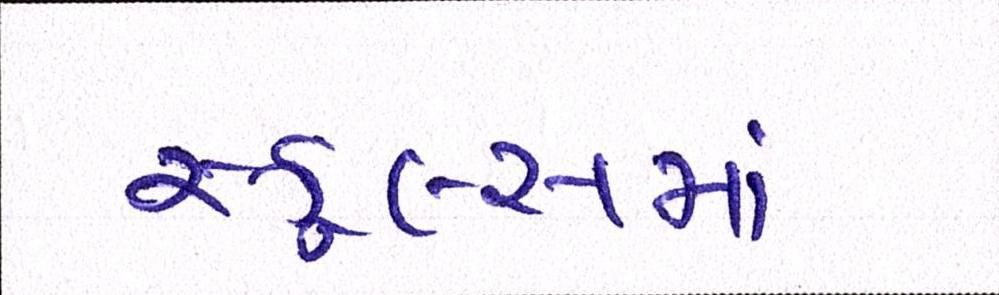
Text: સ્કૂલ્સમાં